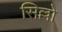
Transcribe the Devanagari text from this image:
सिल्लो